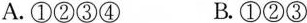
A.①②③④B.①②③